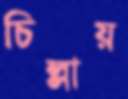
চিল্লায়